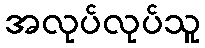
အလုပ်လုပ်သူ